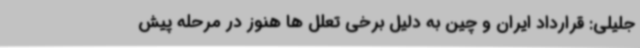
جلیلی: قرارداد ایران و چین به دلیل برخی تعلل ها هنوز در مرحله پیش